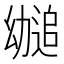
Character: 𫷤